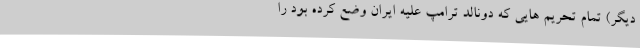
دیگر) تمام تحریم هایی که دونالد ترامپ علیه ایران وضع کرده بود را